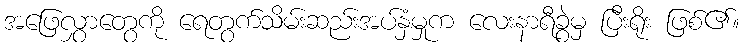
အဖြေလွှာတွေကို ရေတွက်သိမ်းဆည်းအပ်နှံမှုက လေးနာရီခွဲမှ ပြီးရိုး ဖြစ်၏။